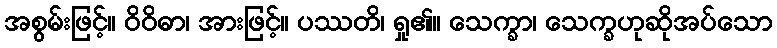
အစွမ်းဖြင့်။ ဝိဝိဓာ၊ အားဖြင့်။ ပဿတိ၊ ရှု၏။ သေက္ခာ၊ သေက္ခဟုဆိုအပ်သော